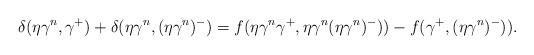
LaTeX: \begin{align*}\delta(\eta \gamma^n, \gamma^+)+\delta(\eta \gamma^n, (\eta\gamma^n)^-)=f(\eta \gamma^n \gamma^+, \eta \gamma^n (\eta\gamma^n)^-))-f(\gamma^+,(\eta\gamma^n)^-)).\end{align*}